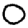
Digit: 0